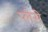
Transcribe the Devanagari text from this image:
प्लेसे